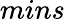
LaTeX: mins